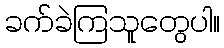
ခက်ခဲကြသူတွေပါ။